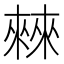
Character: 㯤